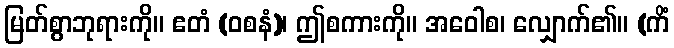
မြတ်စွာဘုရားကို။ ဧတံ (ဝစနံ)၊ ဤစကားကို။ အဝေါစ၊ လျှောက်၏။ (ကိံ